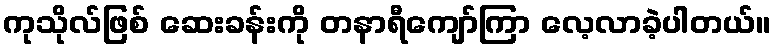
ကုသိုလ်ဖြစ် ဆေးခန်းကို တနာရီကျော်ကြာ လေ့လာခဲ့ပါတယ်။